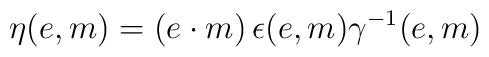
\eta(e,m)=(e\cdot m)\,\epsilon(e,m)\gamma^{-1}(e,m)